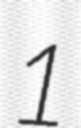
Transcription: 1